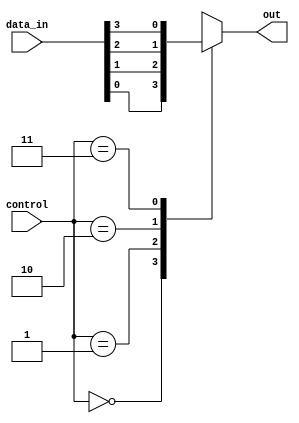
module multiplexer (
    input [3:0] data_in,
    input [1:0] control,
    output reg out
);

always @(*) begin
    case (control)
        2'b00: out = data_in[0];
        2'b01: out = data_in[1];
        2'b10: out = data_in[2];
        2'b11: out = data_in[3];
        default: out = 4'b0000; // default output when control inputs are invalid
    endcase
end

endmodule